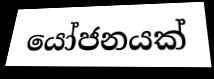
යෝජනයක්